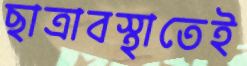
ছাত্রাবস্থাতেই